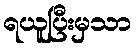
ရယူပြီးမှသာ